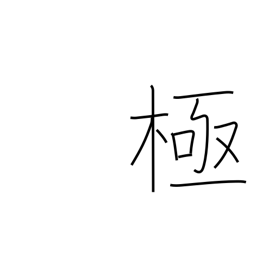
Meaning: 10**48